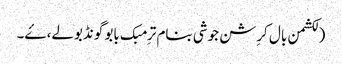
(لکشمن بال کرِشن جوشی بنام ترِمبک بابو گونڈبولے، ۓ۔